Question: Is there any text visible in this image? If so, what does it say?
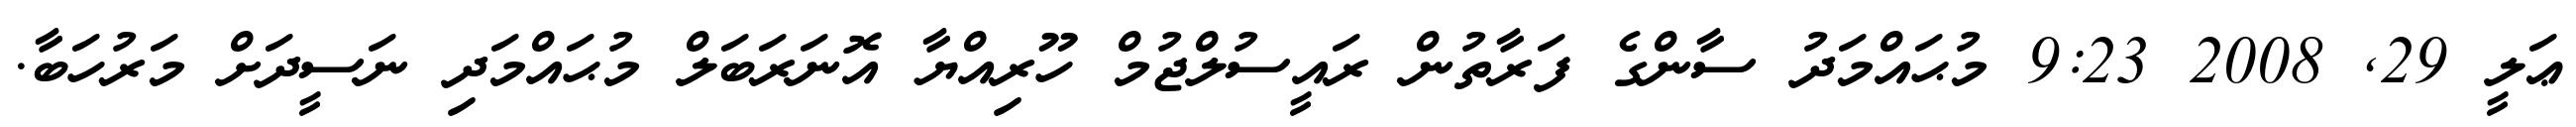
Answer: ޢަލީ 29, 2008 9:23 މުޙައްމަދު ސާންގެ ފަރާތުން ރައީސުލްޖުމް ހޫރިއްޔާ އޮނަރަބަލް މުޙައްމަދި ނަސީދަށް މަރުހަބާ.